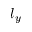
l _ { y }